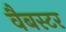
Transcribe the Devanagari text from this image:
वैबस्टर